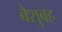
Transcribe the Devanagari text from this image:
बेशुबह